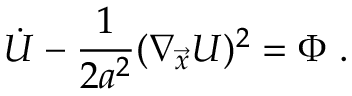
\dot { U } - { \frac { 1 } { 2 a ^ { 2 } } } ( \nabla _ { \vec { x } } U ) ^ { 2 } = \Phi \ .